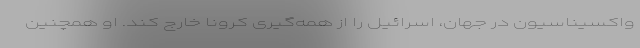
واکسیناسیون در جهان، اسرائیل را از همه‌گیری کرونا خارج کند. او همچنین